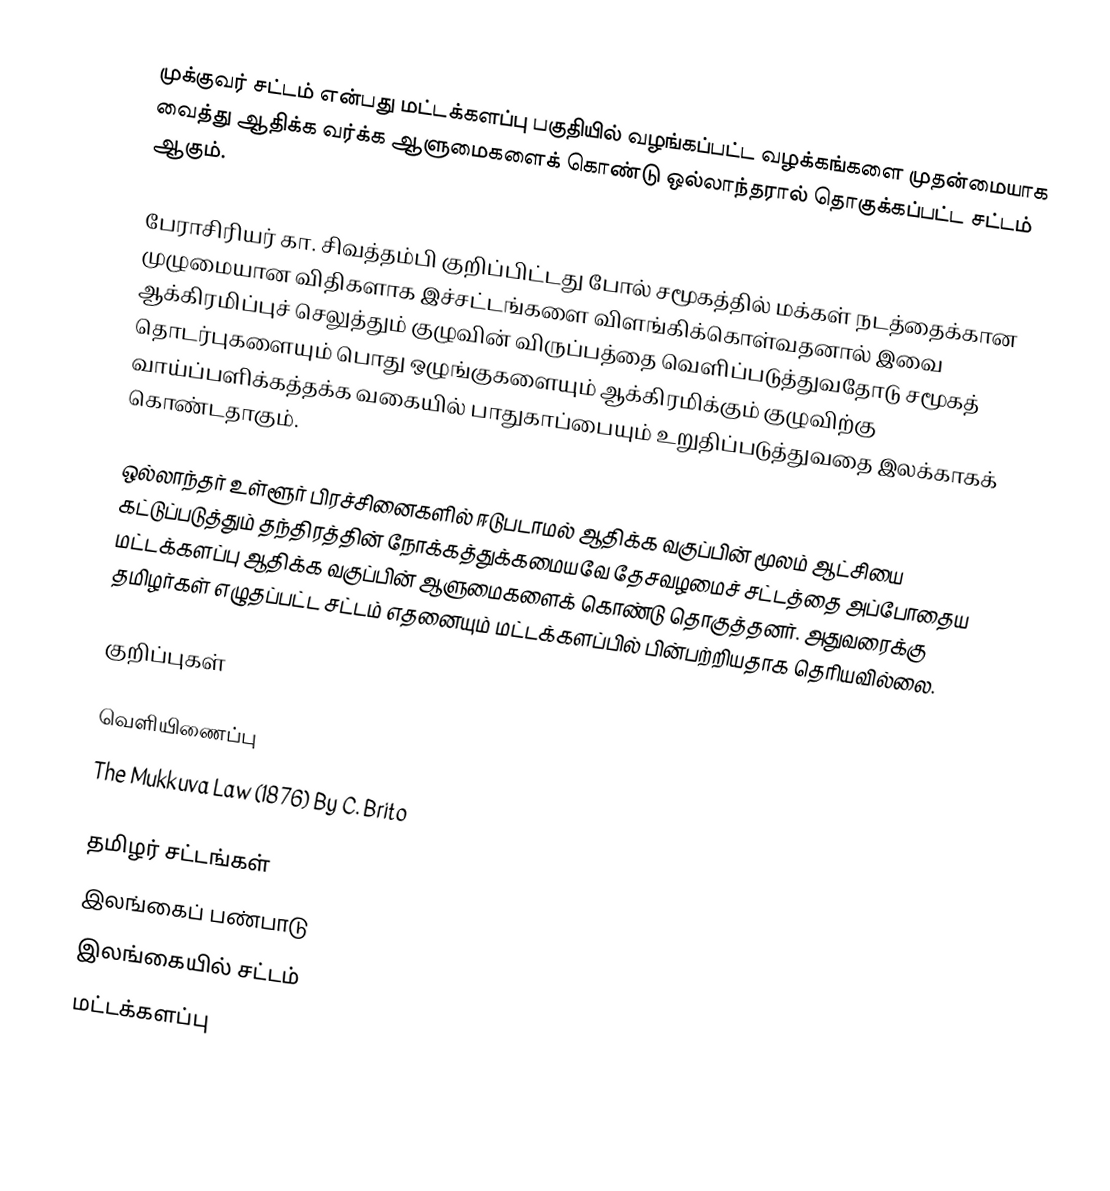
முக்குவர் சட்டம் என்பது மட்டக்களப்பு பகுதியில் வழங்கப்பட்ட வழக்கங்களை முதன்மையாக வைத்து ஆதிக்க வர்க்க ஆளுமைகளைக் கொண்டு ஒல்லாந்தரால் தொகுக்கப்பட்ட சட்டம் ஆகும்.

பேராசிரியர் கா. சிவத்தம்பி குறிப்பிட்டது போல் சமூகத்தில் மக்கள் நடத்தைக்கான முழுமையான விதிகளாக இச்சட்டங்களை விளங்கிக்கொள்வதனால் இவை ஆக்கிரமிப்புச் செலுத்தும் குழுவின் விருப்பத்தை வெளிப்படுத்துவதோடு சமூகத் தொடர்புகளையும் பொது ஒழுங்குகளையும் ஆக்கிரமிக்கும் குழுவிற்கு வாய்ப்பளிக்கத்தக்க வகையில் பாதுகாப்பையும் உறுதிப்படுத்துவதை இலக்காகக் கொண்டதாகும்.

ஒல்லாந்தர் உள்ளூர் பிரச்சினைகளில் ஈடுபடாமல் ஆதிக்க வகுப்பின் மூலம் ஆட்சியை கட்டுப்படுத்தும் தந்திரத்தின் நோக்கத்துக்கமையவே தேசவழமைச் சட்டத்தை அப்போதைய மட்டக்களப்பு ஆதிக்க வகுப்பின் ஆளுமைகளைக் கொண்டு  தொகுத்தனர். அதுவரைக்கு தமிழர்கள் எழுதப்பட்ட சட்டம் எதனையும் மட்டக்களப்பில் பின்பற்றியதாக தெரியவில்லை.

குறிப்புகள்

வெளியிணைப்பு
The Mukkuva Law (1876) By C. Brito

தமிழர் சட்டங்கள்
இலங்கைப் பண்பாடு
இலங்கையில் சட்டம்
மட்டக்களப்பு